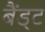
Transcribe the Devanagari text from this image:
बैंड्ट